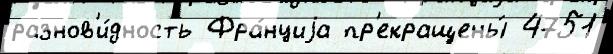
разнов'и́дность Фра́нциjа пр'екращены́ 4751